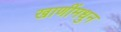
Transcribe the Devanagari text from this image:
खाणींमधुन